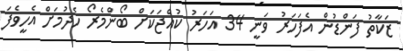
ޒަކާތު ފަންޑުން އެފަހަރު ވަނީ 34 އަހަރު ކުއްޖަކަށް ބޯންމެރޯ ހެދުމަށް އެހީވެފަ